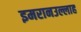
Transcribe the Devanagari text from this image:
इमरानउल्लाह